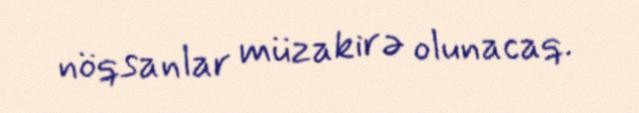
nöqsanlar müzakirə olunacaq.